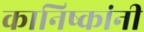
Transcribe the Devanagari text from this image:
कानिष्कांनी